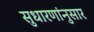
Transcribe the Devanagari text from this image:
सुधारणांनुसार